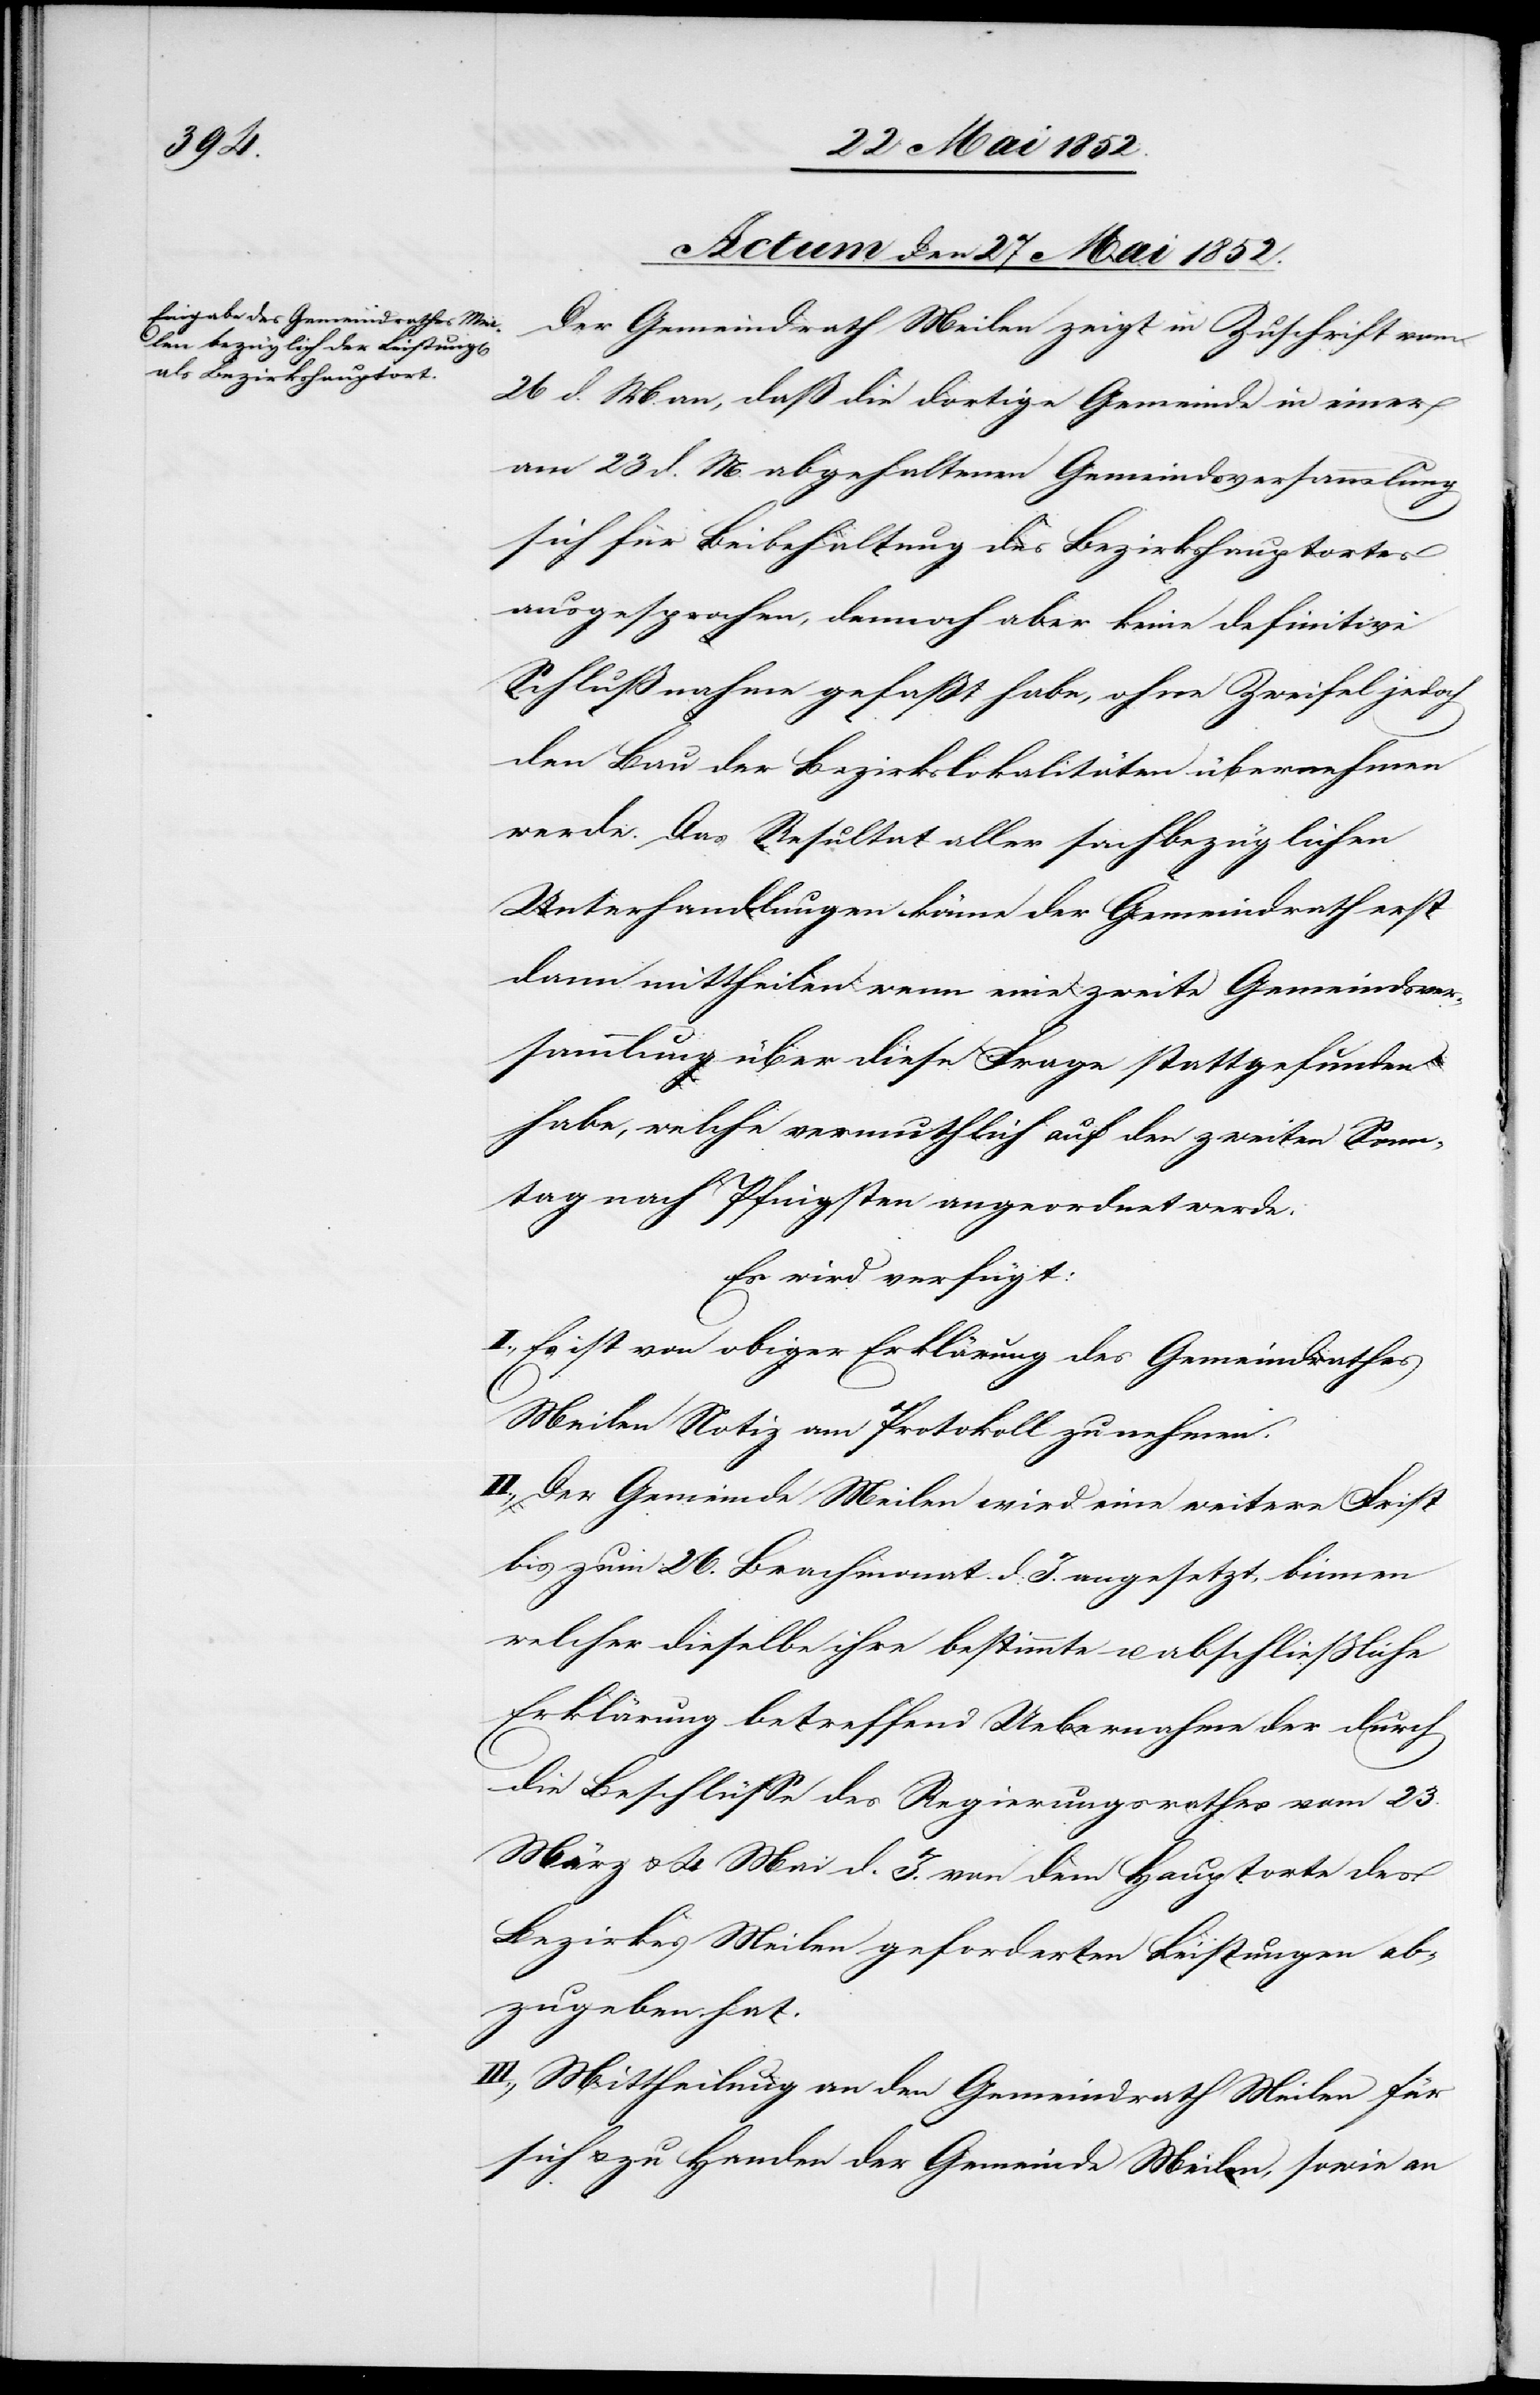
Actum den 27 Mai 1852.
Der Gemeindrath Meilen zeigt in Zuschrift vom
26 d. M. an, daß die dortige Gemeinde in einer
am 23 d. M. abgehaltenen Gemeindsversammlung
sich für Beibehaltung des Bezirkshauptortes
ausgesprochen, dennoch aber keine definitive
Schlußnahme gefaßt habe, ohne Zweifel jedoch
den Bau der Bezirkslokalitäten übernehmen
werde. Das Resultat aller sachbezüglichen
Unterhandlungen könne der Gemeindrath erst
dann mittheilen wenn eine zweite Gemeindsver¬
sammlung über diese Frage stattgefunden
habe, welche vermuthlich auf den zweiten Sonn¬
tag nach Pfingsten angeordnet werde.
Es wird verfügt:
I., Es ist von obiger Erklärung des Gemeindrathes
Meilen Notiz am Protokoll zu nehmen.
II., Der Gemeinde Meilen wird eine weitere Frist
bis zum 26. Brachmonat d. J. angesetzt, binnen
welcher dieselbe ihre bestimmte u. abschließliche
Erklärung betreffend Uebernahme der durch
die Beschlüsse des Regierungsrathes vom 23.
März & 4 Mai d. J. von dem Hauptorte des
Bezirkes Meilen geforderten Leistungen ab¬
zugeben hat.
III., Mittheilung an den Gemeindrath Meilen für
sich & zu Handen der Gemeinde Meilen, sowie an